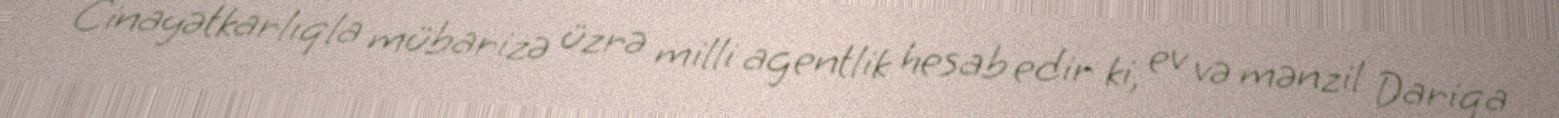
Cinayətkarlıqla mübarizə üzrə milli agentlik hesab edir ki, ev və mənzil Dariqa